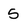
Character: 5